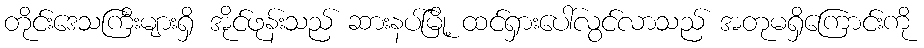
တိုင်းဒေသကြီးများရှိ အိုင်ဖုန်းသည် ဆားနပ်မြို့ ထင်ရှားပေါ်လွင်လာသည် အတုမရှိကြောင်းကို